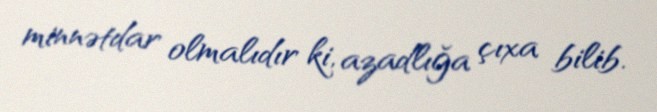
minnətdar olmalıdır ki, azadlığa çıxa bilib.